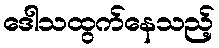
ဒေါသထွက်နေသည့်